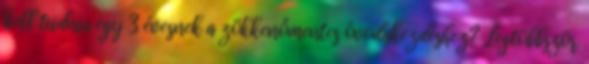
kell tudnia egy 3 évesnek a zökkenőmentes óvodakezdéshez? Legtöbbször